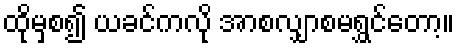
ထိုမှစ၍ ယခင်ကလို အာစလျှာစမရွှင်တော့။